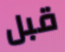
قبل